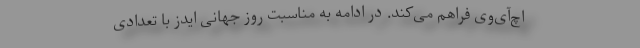
اچ‌آی‌وی فراهم می‌کند. در ادامه به مناسبت روز جهانی ایدز با تعدادی